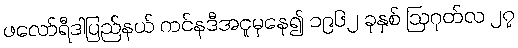
ဖလော်ရီဒါပြည်နယ် ကင်နဒီအငူမှနေ၍ ၁၉၆၂ ခုနှစ် ဩဂုတ်လ ၂၇